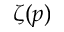
\zeta ( p )